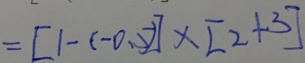
= [ 1 - ( 0 . 5 ) ] \times [ 2 + 3 ]